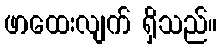
ဖာထေးလျက် ရှိသည်။